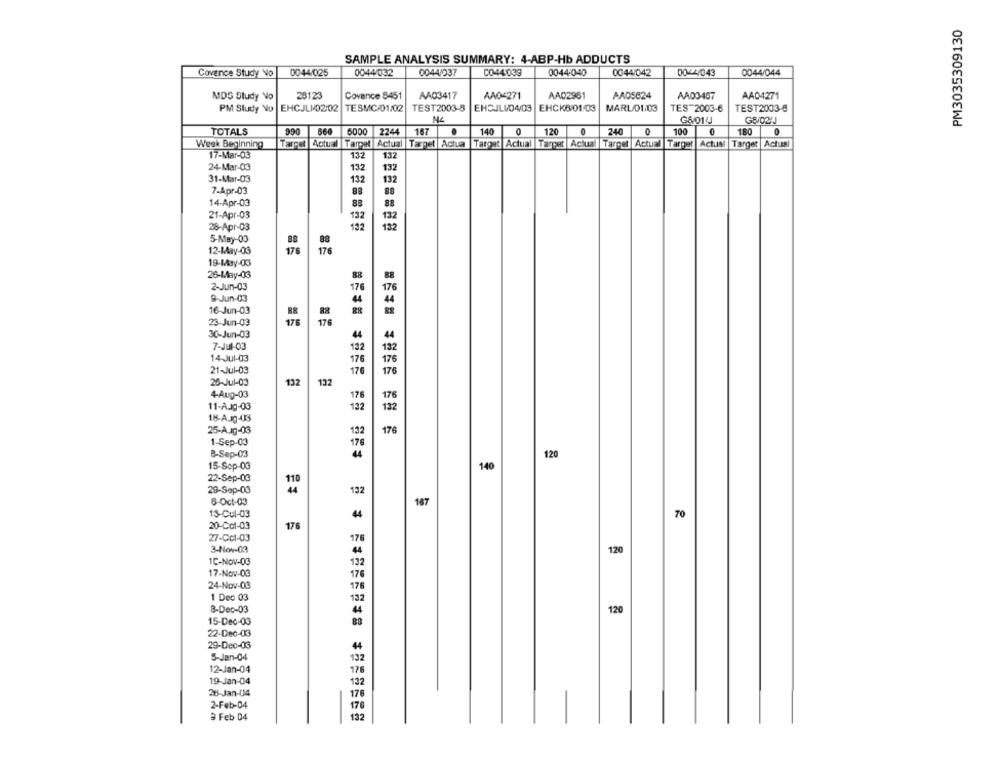
PM3035309130
SAMPLE ANALYSIS SUMMARY: 4-ABP-Hb ADDUCTS
Covence Study No
0044/025
0044/032
0044/037
CO44039
0044-040
0044/042
0024043
0044/044
MDS Study No
28123
Covance 8451
AA03417
AA0-271
AA02961
AA05824
AA03467
AA04271
TEST2003-8
MARL/01.03
TEST2003-6
PM Study No
EHCJLI02:02
TESMC/01/02
EHSJLVO4/03 |EHCK6/01/03
TES 2003-6
G&/01/J
G8/02J
TOTALS
990
660
5000
2244
167
.
140
0
120
0
240
100
0
180
0
Week Beginning
Target Actual |Target Actual
Target Actua
Target Actual |Target Actual
Target Actual |Target Actual |Target Actual
17-Mar-03
13
132
24-Mar-03
132
132
31-Mar-03
132
132
7-Apr-03
88
14-Apr-03
88
88
21-Apr-03
132
132
28-Apr-03
132
132
176
26-May-03
88
2-Jun-03
176
9-Jun-03
4
16-Jun-03
28
23-Jun-03
175
30-Jun-03
7-Jul-03
132
14-Jul-03
176
21-Jul-03
17
26-Jul-03
132
132
4-Aug-03
176
176
11-Aug-03
132
18-Aug-03
25-Aug-03
132
176
1-Sep-03
176
B-Sep-03
120
15-Sep-03
140
22-Sep-03
98888
110
28-Sep-00
132
6-Oct-03
187
13-Cul-03
70
20-Col-03
176
27-Cct-03
176
3-Nov-03
120
1C-Nov-03
132
17-Nov-03
17
24-Nov-03
176
132
8-Dec-03
120
15-Dec-03
88
22-Dec-03
29-Dec-03
5-Jan-04
132
12-Jan-04
176
19-Jan-04
132
26-Jan-04
176
2-Feb-04
176
3 Feb 04
132